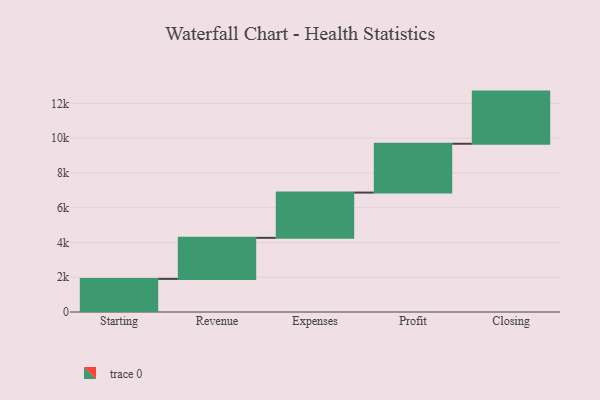
{"axis": {"x": "Step", "y": "Value"}, "legend": [""], "data": [{"x": "Starting", "y": 1905.0, "type": ""}, {"x": "Revenue", "y": 2361.0, "type": ""}, {"x": "Expenses", "y": 2604.0, "type": ""}, {"x": "Profit", "y": 2809.0, "type": ""}, {"x": "Closing", "y": 3000, "type": ""}]}